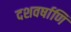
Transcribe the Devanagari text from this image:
दशवर्षाणि